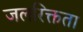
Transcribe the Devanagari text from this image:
जलरिक्तता